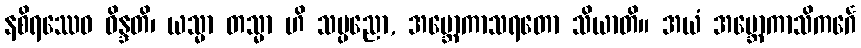
နစိရဿေဝ ဝိန္ဒတိ၊ ယသ္မာ တသ္မာ ဟိ သပ္ပညော, အဗ္ဘောကာသရတော သိယာတိ။ အယံ အဗ္ဘောကာသိကင်္ဂေ